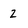
Character: 2